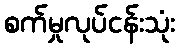
စက်မှုလုပ်ငန်းသုံး